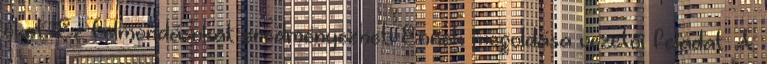
őket. Ez felmondásokat eredményezhet. Ennek megoldása vezetői feladat. A